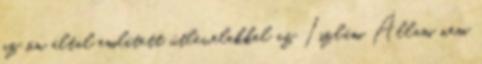
az ön által említett útlevelekkel az Iszlám Állam nem